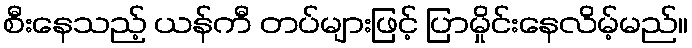
စီးနေသည့် ယန်ကီ တပ်များဖြင့် ပြာမှိုင်းနေလိမ့်မည်။